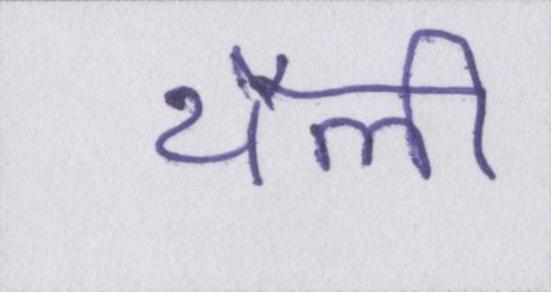
थैली